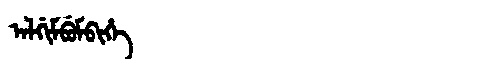
Manchu: ᠠᠯᡤᡳᠮᠪᡠᠮᠪᡳᡥᡝ
Romanization: ALGIMBUMBIHE